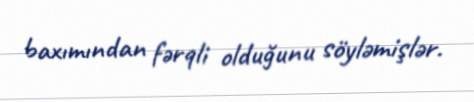
baxımından fərqli olduğunu söyləmişlər.